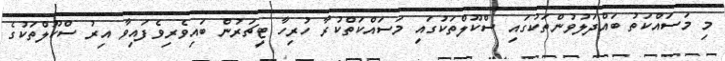
މި މަސައްކަތު ބައްދަލުވުންތަކުގައި ސްކޫލްތަކުގައި މަސައްކަތްކުރާ ހުރިހާ ޓީޗަރުން ބައިވެރިވެފައިވާ އިރު ސްކޫލްތަކުގެ